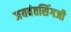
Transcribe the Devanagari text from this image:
जयवंतसिंगजी